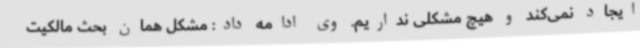
ایجاد نمی‌کند و هیچ مشکلی نداریم. وی ادامه داد: مشکل همان بحث مالکیت